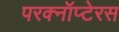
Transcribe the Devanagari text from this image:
परक्नॉप्टेरस